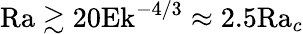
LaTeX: \textrm{Ra}\gtrsim 20\textrm{Ek}^{-4/3}\approx 2.5\textrm{Ra}_{c}